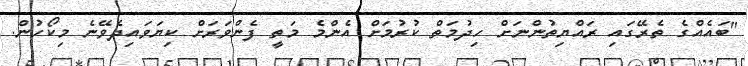
"ބައެއްގެ ތެރޭގައި ރައްޔިތުންނަށް ހިދުމަތް ކުރުމަށް އެންމެ މަތީ ފެންވަރަށް ކިޔަވައިދެވޭނެ މިކޯހުން.